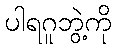
ပါရဂူဘွဲ့ကို